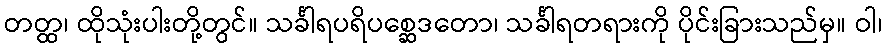
တတ္ထ၊ ထိုသုံးပါးတို့တွင်။ သင်္ခါရပရိပစ္ဆေဒတော၊ သင်္ခါရတရားကို ပိုင်းခြားသည်မှ။ ဝါ၊